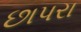
છાપરા